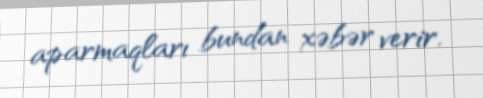
aparmaqları bundan xəbər verir.